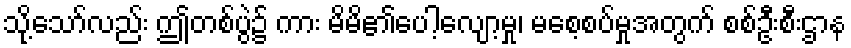
သို့သော်လည်း ဤတစ်ပွဲ၌ ကား မိမိ၏ပေါ့လျော့မှု၊ မစေ့စပ်မှုအတွက် စစ်ဦးစီးဌာန